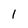
Character: 1